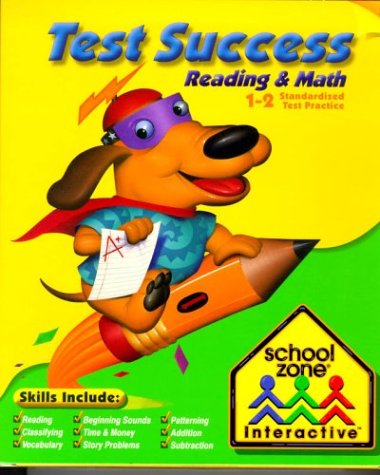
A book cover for Test Success 1-2; School Zone Publishing Company Staff; Children's Books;